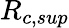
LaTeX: R_{c,sup}